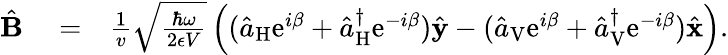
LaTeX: \begin{array}{rlr}{\hat{\mathbf B}}&{{}=}&{\frac{1}{v}\sqrt{\frac{\hbar\omega}{2\epsilon V}}\left((\hat{a}_{\mathrm{H}}\mathrm{e}^{i\beta}+\hat{a}_{\mathrm{H}}^{\dagger}\mathrm{e}^{-i\beta})\hat{\mathbf y}-(\hat{a}_{\mathrm{V}}\mathrm{e}^{i\beta}+\hat{a}_{\mathrm{V}}^{\dagger}\mathrm{e}^{-i\beta})\hat{\mathbf x}\right).}\end{array}